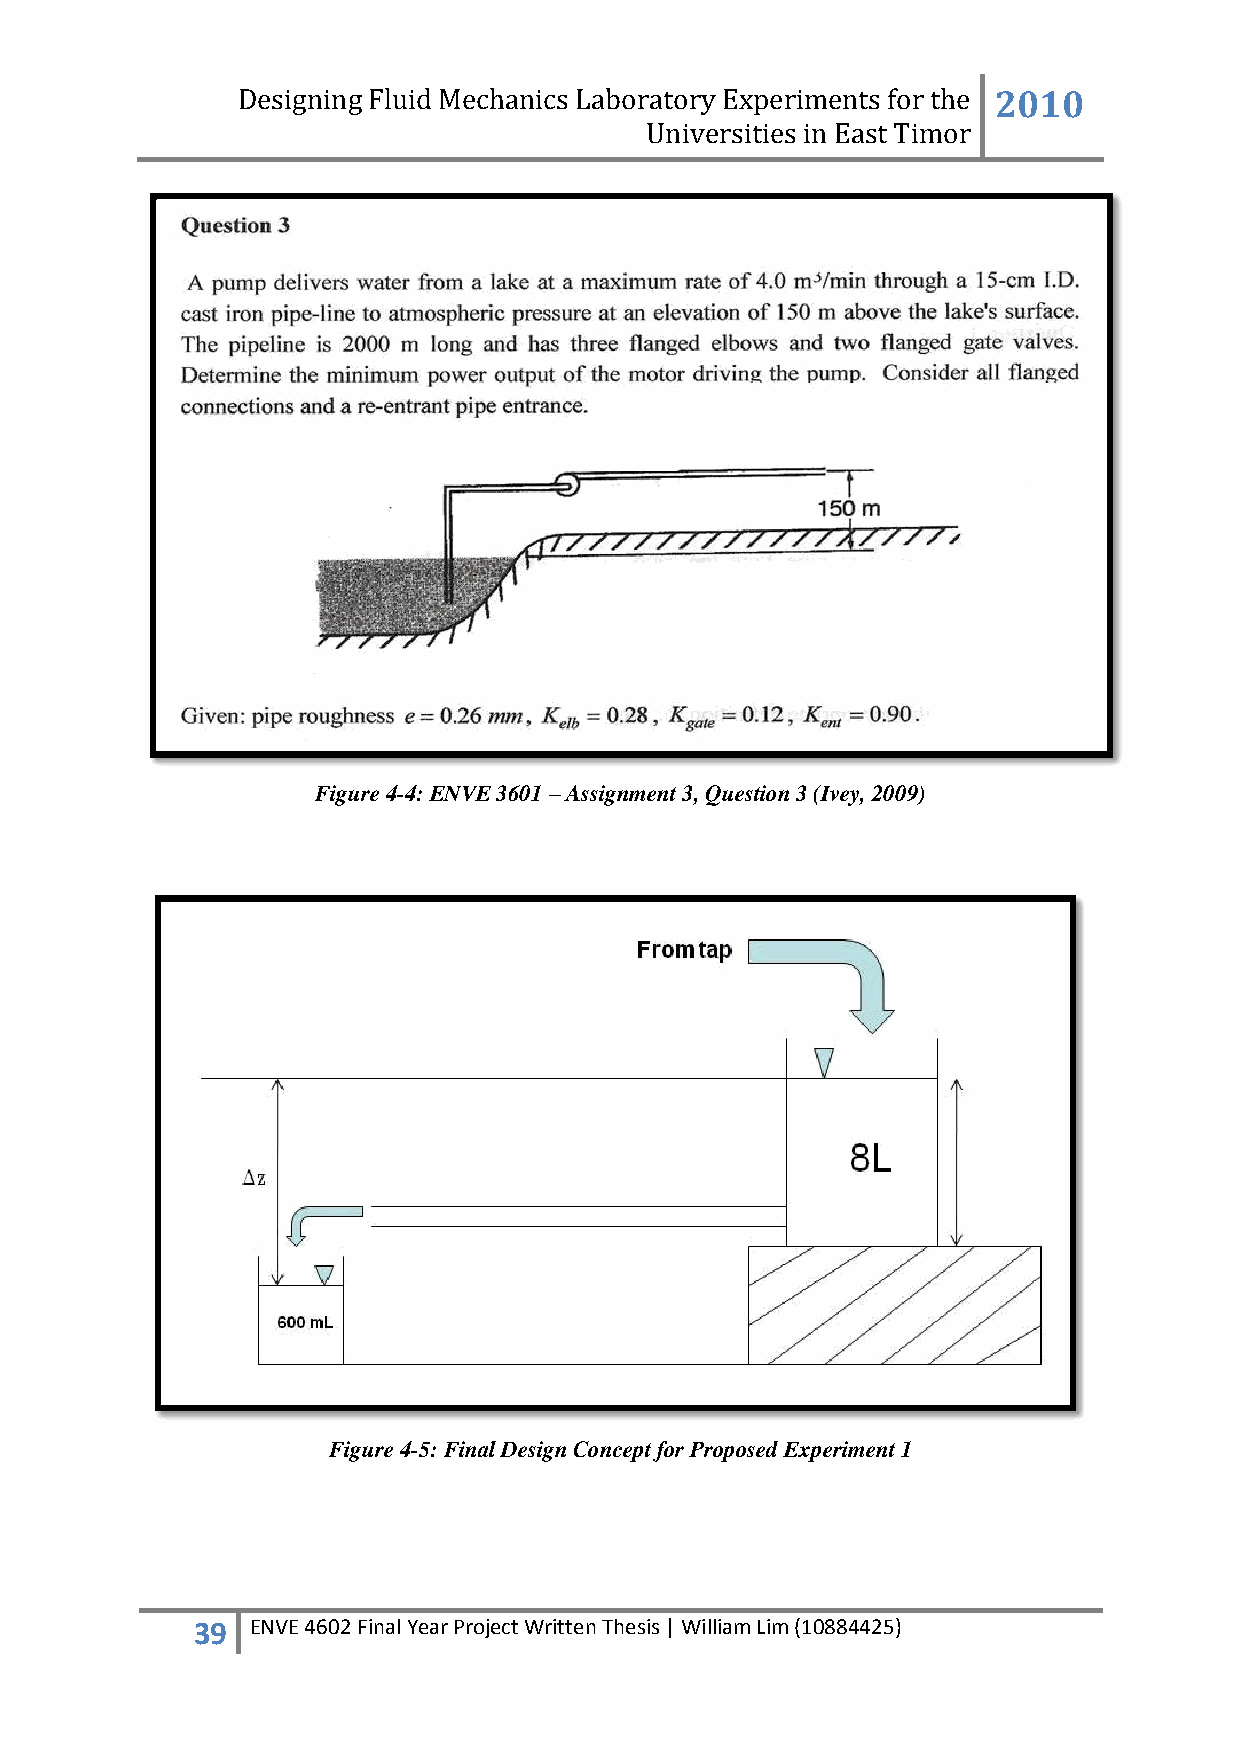
Designing Fluid Mechanics Laboratory Experiments for the 2010
 Universities in East Timor
 Figure 4-4: ENVE 3601 – Assignment 3, Question 3 (Ivey, 2009)
 Figure 4-5: Final Design Concept for Proposed Experiment 1
 39  ENVE 4602 Final Year Project Written Thesis | William Lim (10884425)